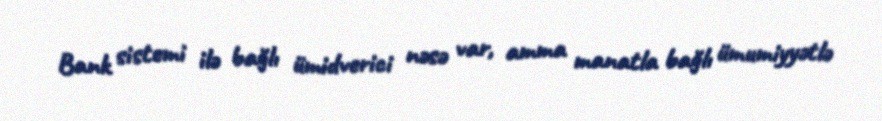
Bank sistemi ilə bağlı ümidverici nəsə var, amma manatla bağlı ümumiyyətlə